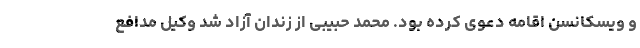
و ویسکانسن اقامه دعوی کرده بود. محمد حبیبی از زندان آزاد شد وکیل مدافع